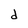
Character: d